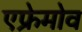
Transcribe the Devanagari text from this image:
एफ्रेमोव